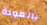
بالعودة